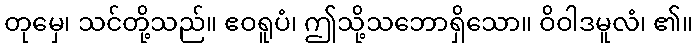
တုမှေ၊ သင်တို့သည်။ ဧဝရူပံ၊ ဤသို့သဘောရှိသော။ ဝိဝါဒမူလံ၊ ၏။